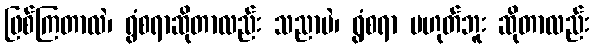
ဖြစ်ကြတာလဲ၊ ရွံစရာဆိုတာလည်း သညာပဲ၊ ရွံစရာ မဟုတ်ဘူး ဆိုတာလည်း